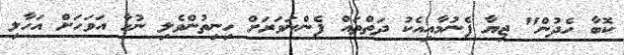
ކޮބާ ހެދުން" ޖިޔާ ފެނުމާއިއެކު ދަތްތައް ފެންނަވަރަށް ހިނިތުންވެލި ނުހާ އަވަހަށް އަހާލި